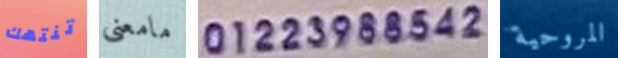
تنتهك مامعنى 01223988542 المروحية